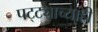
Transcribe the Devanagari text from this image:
पट्ट्याच्याही